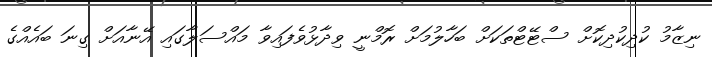
ނިޒާމު ކުދިކުދިކޮށް ސްޓޭޓްތަކަށް ބަހާލުމަށް ރޮމްނީ ވިދާޅުވެފައިވާ މައްސަލާގައި އޭނާއަށް ގިނަ ބައެއްގެ